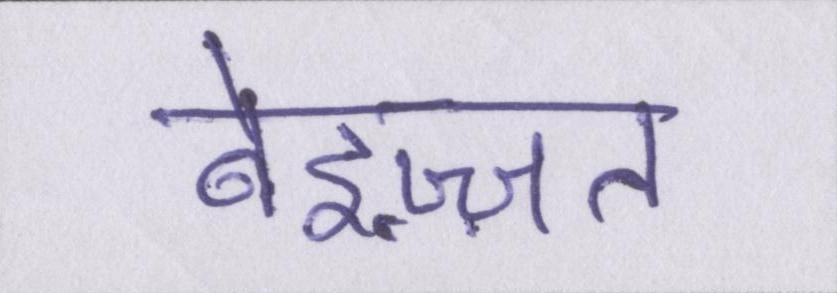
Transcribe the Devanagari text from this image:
बेइज़्ज़त